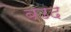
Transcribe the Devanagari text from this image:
बउद